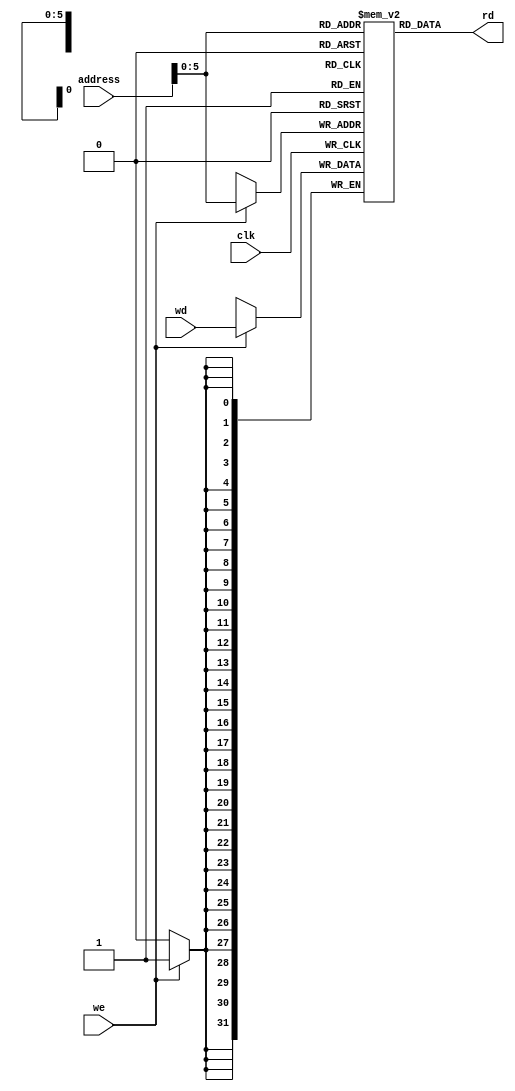
`define datawidth 32
module DataMemory #(parameter MEM=64)
(
    output[`datawidth-1:0] rd,
    input[`datawidth-1:0] address,
    input[`datawidth-1:0] wd,
    input we,
    input clk );

    reg[`datawidth-1:0] mem[MEM-1:0];

	initial begin
		mem[0]=32'h00000000;
	end

    assign rd = mem[address[31:0]]; // WORD ALIGNED

    always @(posedge clk)
        if(we)
            mem[address[31:0]]<=wd;
  
endmodule